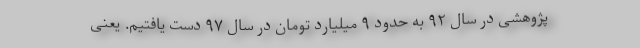
پژوهشی در سال ۹۲ به حدود ۹ میلیارد تومان در سال ۹۷ دست یافتیم. یعنی